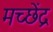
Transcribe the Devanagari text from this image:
मच्छेंद्र